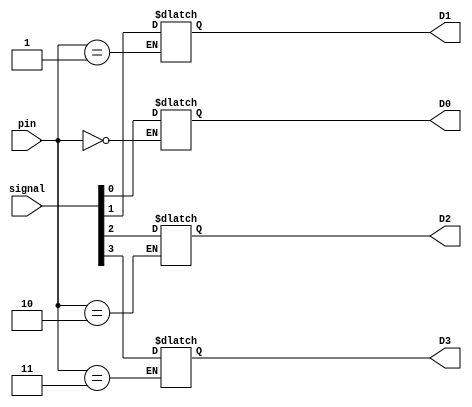

//////////////////////////////////////////////////////////////////////////////////
// Company: 
// Engineer: 
// 
// Design Name: Microprocessor V1 VVS
// Module Name: output_ports
// Project Name: Micro V1
// Target Devices: Hobby
// Tool Versions: V1
// Description: 
// 
// Dependencies: 
// 
// Revision:
// Revision 0.01 - File Created
// Additional Comments:
// 
//////////////////////////////////////////////////////////////////////////////////


module output_ports (input [1:0] pin, input [3:0] signal, output reg D0, D1, D2, D3);

always @* begin
    case (pin)
        2'b00: D0 <= signal[0];  // Assign the value of signal[0] to D0 when pin is '00'
        2'b01: D1 <= signal[1];  // Assign the value of signal[1] to D1 when pin is '01'
        2'b10: D2 <= signal[2];  // Assign the value of signal[2] to D2 when pin is '10'
        2'b11: D3 <= signal[3];  // Assign the value of signal[3] to D3 when pin is '11'
    endcase
end

endmodule